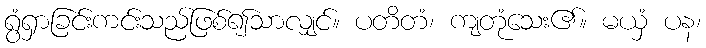
ရွံရှာခြင်းကင်းသည်ဖြစ်၍သာလျှင်။ ပတိတံ၊ ကျတုံသေး၏။ မယှံ ပန၊